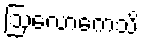
ဩလောကေသိ